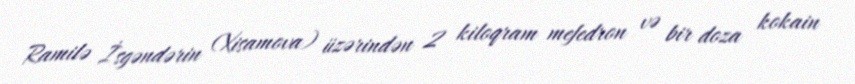
Ramilə İsgəndərin (Xisamova) üzərindən 2 kiloqram mefedron və bir doza kokain